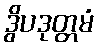
ဒွိပဒုတ္တမံ